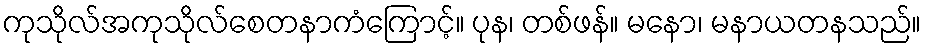
ကုသိုလ်အကုသိုလ်စေတနာကံကြောင့်။ ပုန၊ တစ်ဖန်။ မနော၊ မနာယတနသည်။